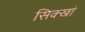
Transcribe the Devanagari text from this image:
सिक्खां